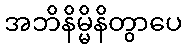
အဘိနိမ္မိနိတွာပေ